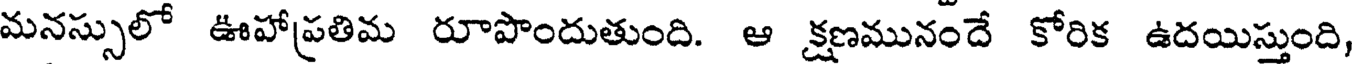
మనస్సులో ఊహాప్రతిమ రూపొందుతుంది. ఆ క్షణమునందే కోరిక ఉదయిస్తుంది,